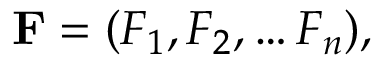
\mathbf { F } = ( F _ { 1 } , F _ { 2 } , \ldots F _ { n } ) ,